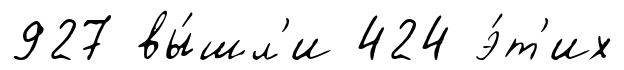
927 вы́шл'и 424 э́т'их